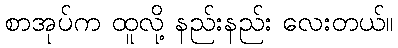
စာအုပ်က ထူလို့ နည်းနည်း လေးတယ်။